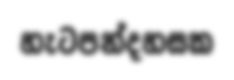
හැටපන්දහසක